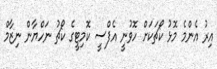
އިރު އެންމެ މޮޅު ކޯޗަކަށް ހޮވުނީ އެފްސީ ކޮމިޓީގެ ކޯޗު ނަހްޔާން ނިޒާމް